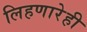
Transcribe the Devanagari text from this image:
लिहणारेही